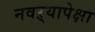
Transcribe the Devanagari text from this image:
नवऱ्यापेक्षा